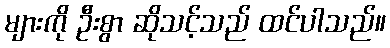
များကို ဦးစွာ ဆိုသင့်သည် ထင်ပါသည်။